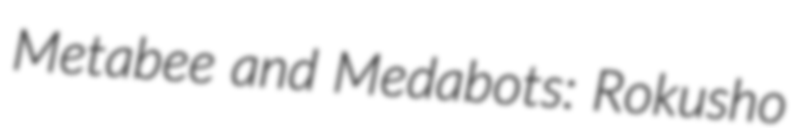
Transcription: Metabee and Medabots: Rokusho